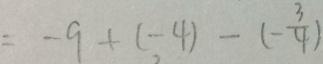
= - 9 + ( - 4 ) - ( - \frac { 3 } { 4 } )